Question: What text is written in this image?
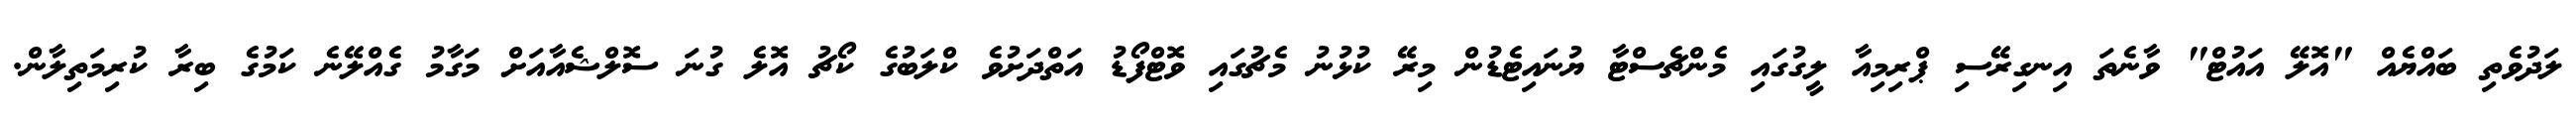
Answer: ލަދުވެތި ބައްޔެއް "އޮލޭ އައުޓް" ވާނެތަ އިނގިރޭސި ޕްރިމިއާ ލީގުގައި މެންޗެސްޓާ ޔުނައިޓެޑުން މިރޭ ކުޅުނު މެޗުގައި ވޮޓްފޯޑު އަތްދަށުވެ ކްލަބުގެ ކޯޗު އޮލެ ގުނަ ސޮލްޝެއާއަށް މަގާމު ގެއްލޭނެ ކަމުގެ ބިރާ ކުރިމަތިލާން.